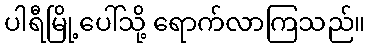
ပါရီမြို့ပေါ်သို့ ရောက်လာကြသည်။